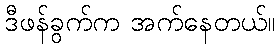
ဒီဖန်ခွက်က အက်နေတယ်။